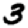
Digit: 3